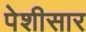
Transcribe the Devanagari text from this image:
पेशीसार